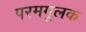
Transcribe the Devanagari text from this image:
परममूलक